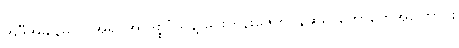
အဲဒီအချိန်မှာပဲ အရှင်အာဒိစ္စဝံသနဲ့ မင်းကွန်းဇေတဝန်ဆရာတော်တွေအကြောင်း